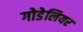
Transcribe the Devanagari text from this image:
गोडेलियर